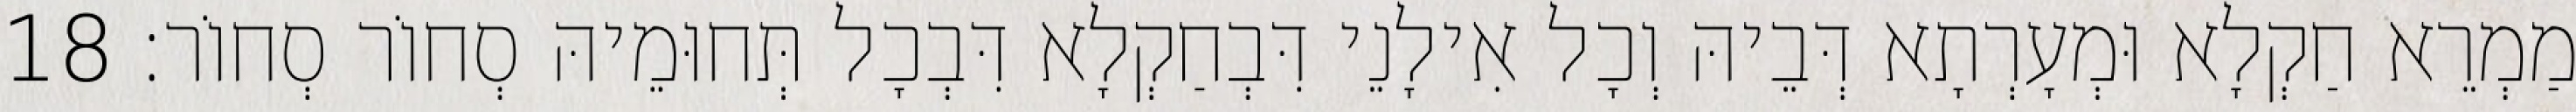
מַמְרֵא חַקְלָא וּמְעָרְתָא דְּבֵיהּ וְכָל אִילָנֵי דִּבְחַקְלָא דִּבְכָל תְּחוּמֵיהּ סְחוֹר סְחוֹר׃ 18